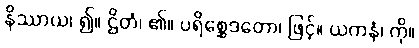
နိဿာယ၊ ၍။ ဌိတံ၊ ၏။ ပရိစ္ဆေဒတော၊ ဖြင့်။ ယကနံ၊ ကို။